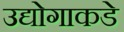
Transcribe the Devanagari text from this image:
उद्योगाकडे